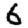
Digit: 6